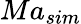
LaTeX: Ma_{sim}